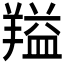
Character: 𬙻